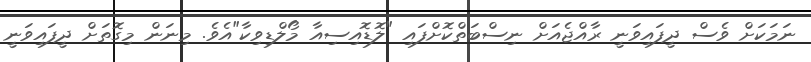
ނަމަކަށް ވެސް ދީފައިވަނީ ރާއްޖެއަށް ނިސްބަތްކޮށްފައި "ލޮޑޮއިސިއާ މޯލްޑިވިކާ"އެވެ. މިނަން މިގޮތަށް ދީފައިވަނީ